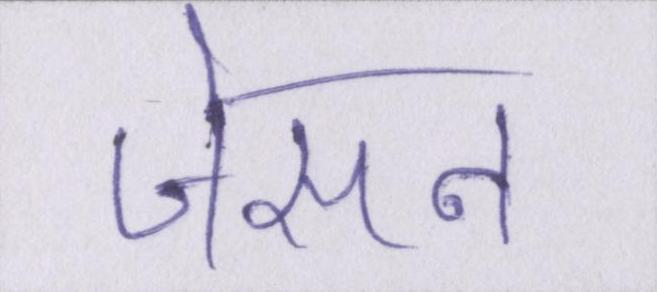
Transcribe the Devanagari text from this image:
जेसन